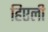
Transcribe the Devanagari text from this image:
हिएली